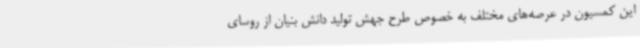
این کمسیون در عرصه‌های مختلف به خصوص طرح جهش تولید دانش بنیان از روسای